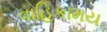
વાહિકામય